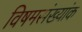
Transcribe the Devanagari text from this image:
विषमसंख्यांक